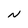
Character: N